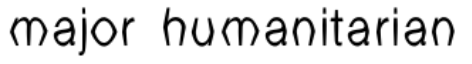
major humanitarian